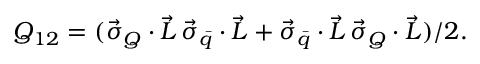
Q _ { 1 2 } = ( \vec { \sigma } _ { Q } \cdot \vec { L } \, \vec { \sigma } _ { \bar { q } } \cdot \vec { L } + \vec { \sigma } _ { \bar { q } } \cdot \vec { L } \, \vec { \sigma } _ { Q } \cdot \vec { L } ) / 2 .